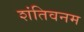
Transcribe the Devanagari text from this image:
शंतिवनम